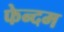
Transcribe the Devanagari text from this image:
फेन्दम